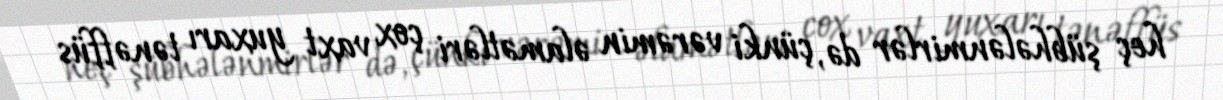
heç şübhələnmirlər də, çünki vərəmin əlamətləri çox vaxt yuxarı tənəffüs